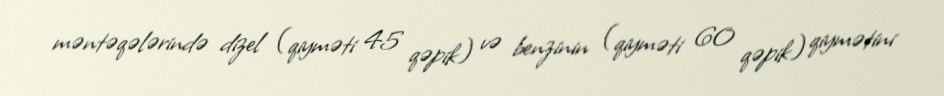
məntəqələrində dizel (qiyməti 45 qəpik) və benzinin (qiyməti 60 qəpik) qiymətini